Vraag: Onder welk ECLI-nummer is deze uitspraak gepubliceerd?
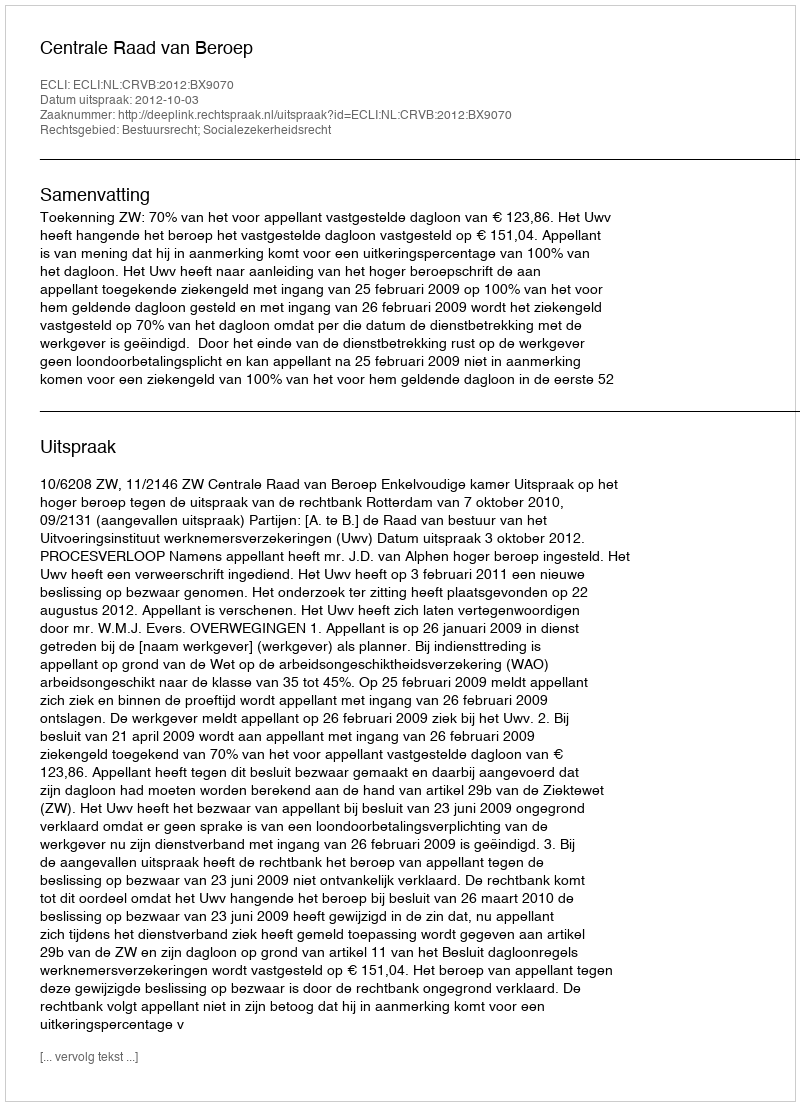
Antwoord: ECLI:NL:CRVB:2012:BX9070